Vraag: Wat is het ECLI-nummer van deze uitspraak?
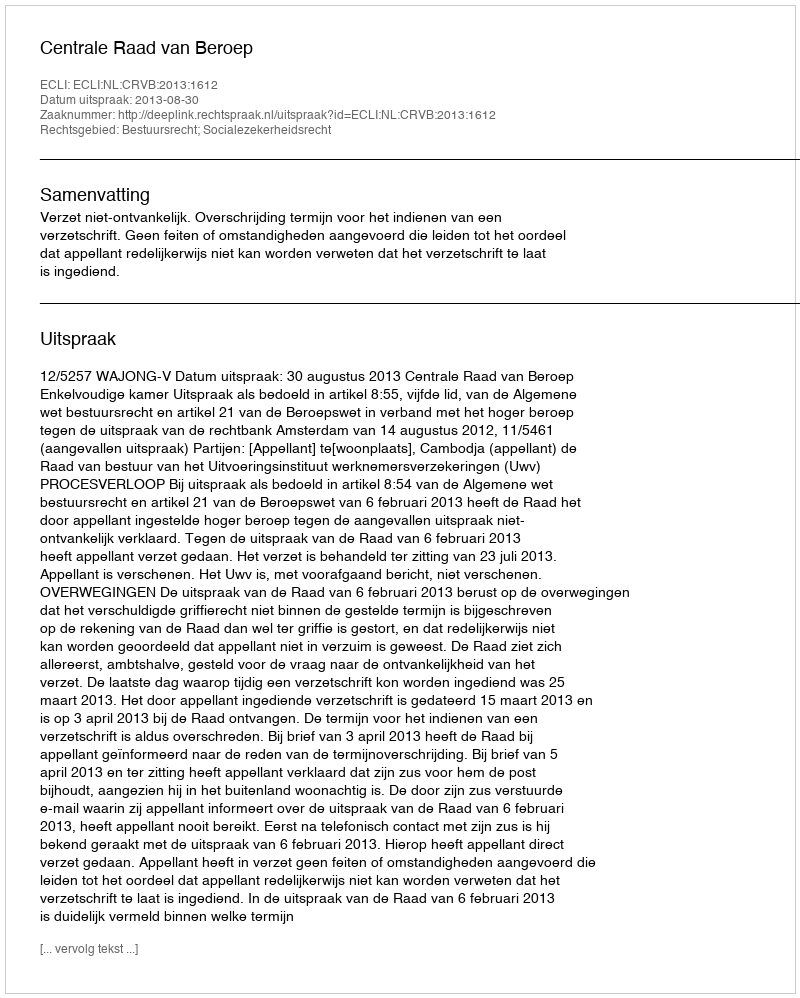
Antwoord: ECLI:NL:CRVB:2013:1612